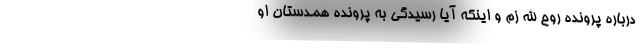
درباره پرونده روح الله زم و اینکه آیا رسیدگی به پرونده همدستان او